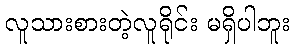
လူသားစားတဲ့လူရိုင်း မရှိပါဘူး